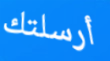
أرسلتك